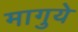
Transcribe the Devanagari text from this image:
मागुये